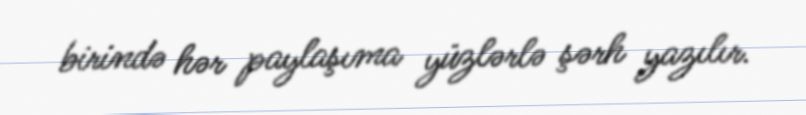
birində hər paylaşıma yüzlərlə şərh yazılır.